Vaccine operations Central Provinces & Berar 1922-1929 - 1922-1929
Year: 1922
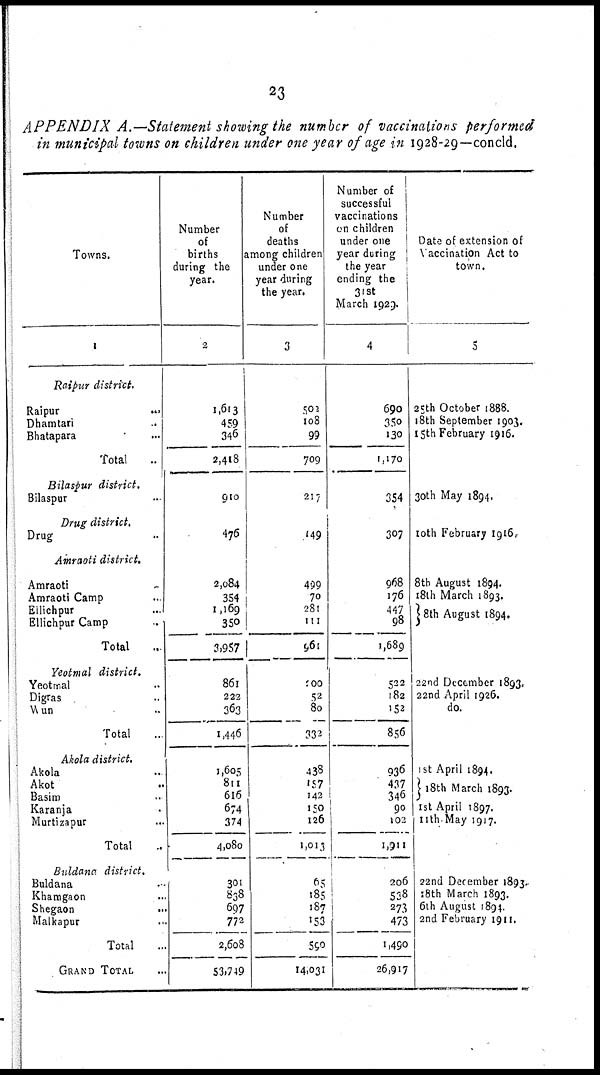
23
APPENDIX A.—Statement showing the number of vaccinations performed
in municipal towns on children under one year of age in 1928-29—concld.
Towns.
1
Raipur district.
Raipur
...
Dhamtan ...
Bhatapara ...
Total ...
Bilaspur district.
Bilaspur ...
Drug district.
Drug ...
Amraoti district.
Amraoti ...
Amraoti Camp ...
Ellichpur ...
Ellichpur Camp ...
Total ...
Yeotmal district.
Yeotmal ...
Digras ...
Wun ...
Total ...
Akola district.
Akola ...
Akot ...
Basim ...
Karanja ...
Murtizapur ...
Total ...
Buldana district.
Buldana ...
Khamgaon ...
Shegaon ...
Malkapur ...
Total
GRAND TOTAL ...
Number
of
births
during the
year.
2
1,613
459
346
2,418
910
476
2,084
354
1,169
350
3,957
861
222
363
1,446
1,605
811
616
674
374
4,080
301
838
697
772
2,608
53,749
Number
of
deaths
among children
under one
year during
the year.
3
502
108
99
709
217
149
499
70
281
111
9,61
200
52
80
332
438
157
142
150
126
1,013
65
185
187
153
590
14,031
Number of
successful
vaccinations
on children
under one
year during
the year
ending the
31st
March 1929.
4
690
350
130
1,170
354
307
968
176
447
98
1,689
522
182
152
856
936
437
346
90
102
1,911
206
528
273
473
1,490
26,917
Date of extension of
Vaccination Act to
town.
5
25th October 1888.
18th September 1903.
15th February 1916.
30th May 1894.
10th February 1916.
8th August 1894.
18th March 1893.
8th August 1894.
22nd December 1893.
22nd April 1926.
do.
1st April 1894.
18th March 1893.
1st April 1897.
11th May 1917.
22nd December 1893.
18th March 1893.
6th August 1894.
2nd February 1911.